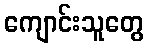
ကျောင်းသူတွေ